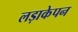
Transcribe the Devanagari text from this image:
लड़ाकेपन